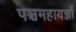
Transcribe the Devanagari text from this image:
पञ्चमहायज्ञों